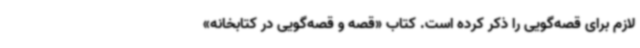
لازم برای قصه‌گویی را ذکر کرده است. کتاب «قصه و قصه‌گویی در کتابخانه»